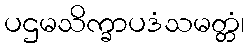
ပဌမသိက္ခာပဒံသမတ္တံ၊